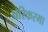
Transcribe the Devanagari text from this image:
परिकरमा